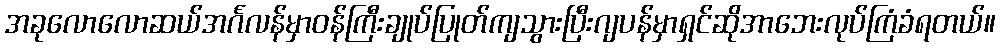
အခုလောလောဆယ်အင်္ဂလန်မှာဝန်ကြီးချုပ်ပြုတ်ကျသွားပြီးဂျပန်မှာရှင်ဆိုအာဘေးလုပ်ကြံခံရတယ်။